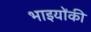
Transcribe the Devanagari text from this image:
भाइयोंकी